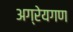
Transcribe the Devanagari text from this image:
अग्रेयगण